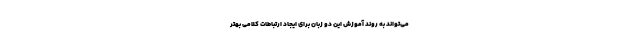
می‌تواند به روند آموزش این دو زبان برای ایجاد ارتباطات کلامی بهتر